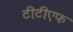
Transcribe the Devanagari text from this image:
टीटीएफ